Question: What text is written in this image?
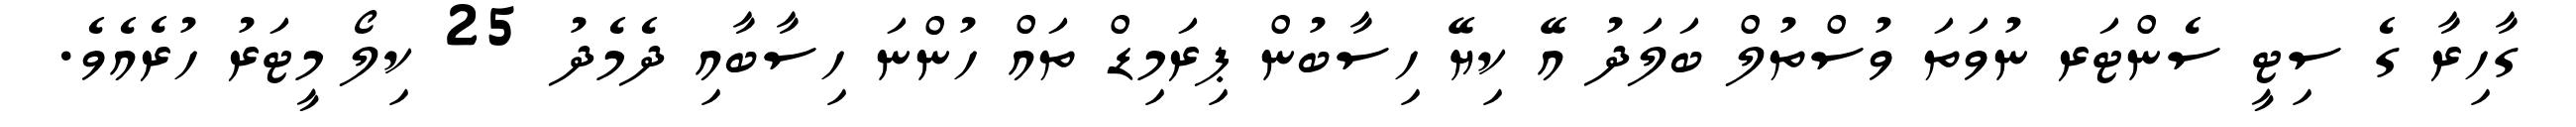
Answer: ގާހިރާ ގެ ސިޓީ ސެންޓަރ ނުވަތަ ވުސްތުލް ބަލަދު އޭ ކިޔޭ ހިސާބުން ޕިރަމިޑް ތައް ހުންނަ ހިސާބާއި ދެމެދު 25 ކިލޯ މީޓަރު ހުރެއެވެ.